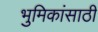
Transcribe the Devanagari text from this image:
भुमिकांसाठी